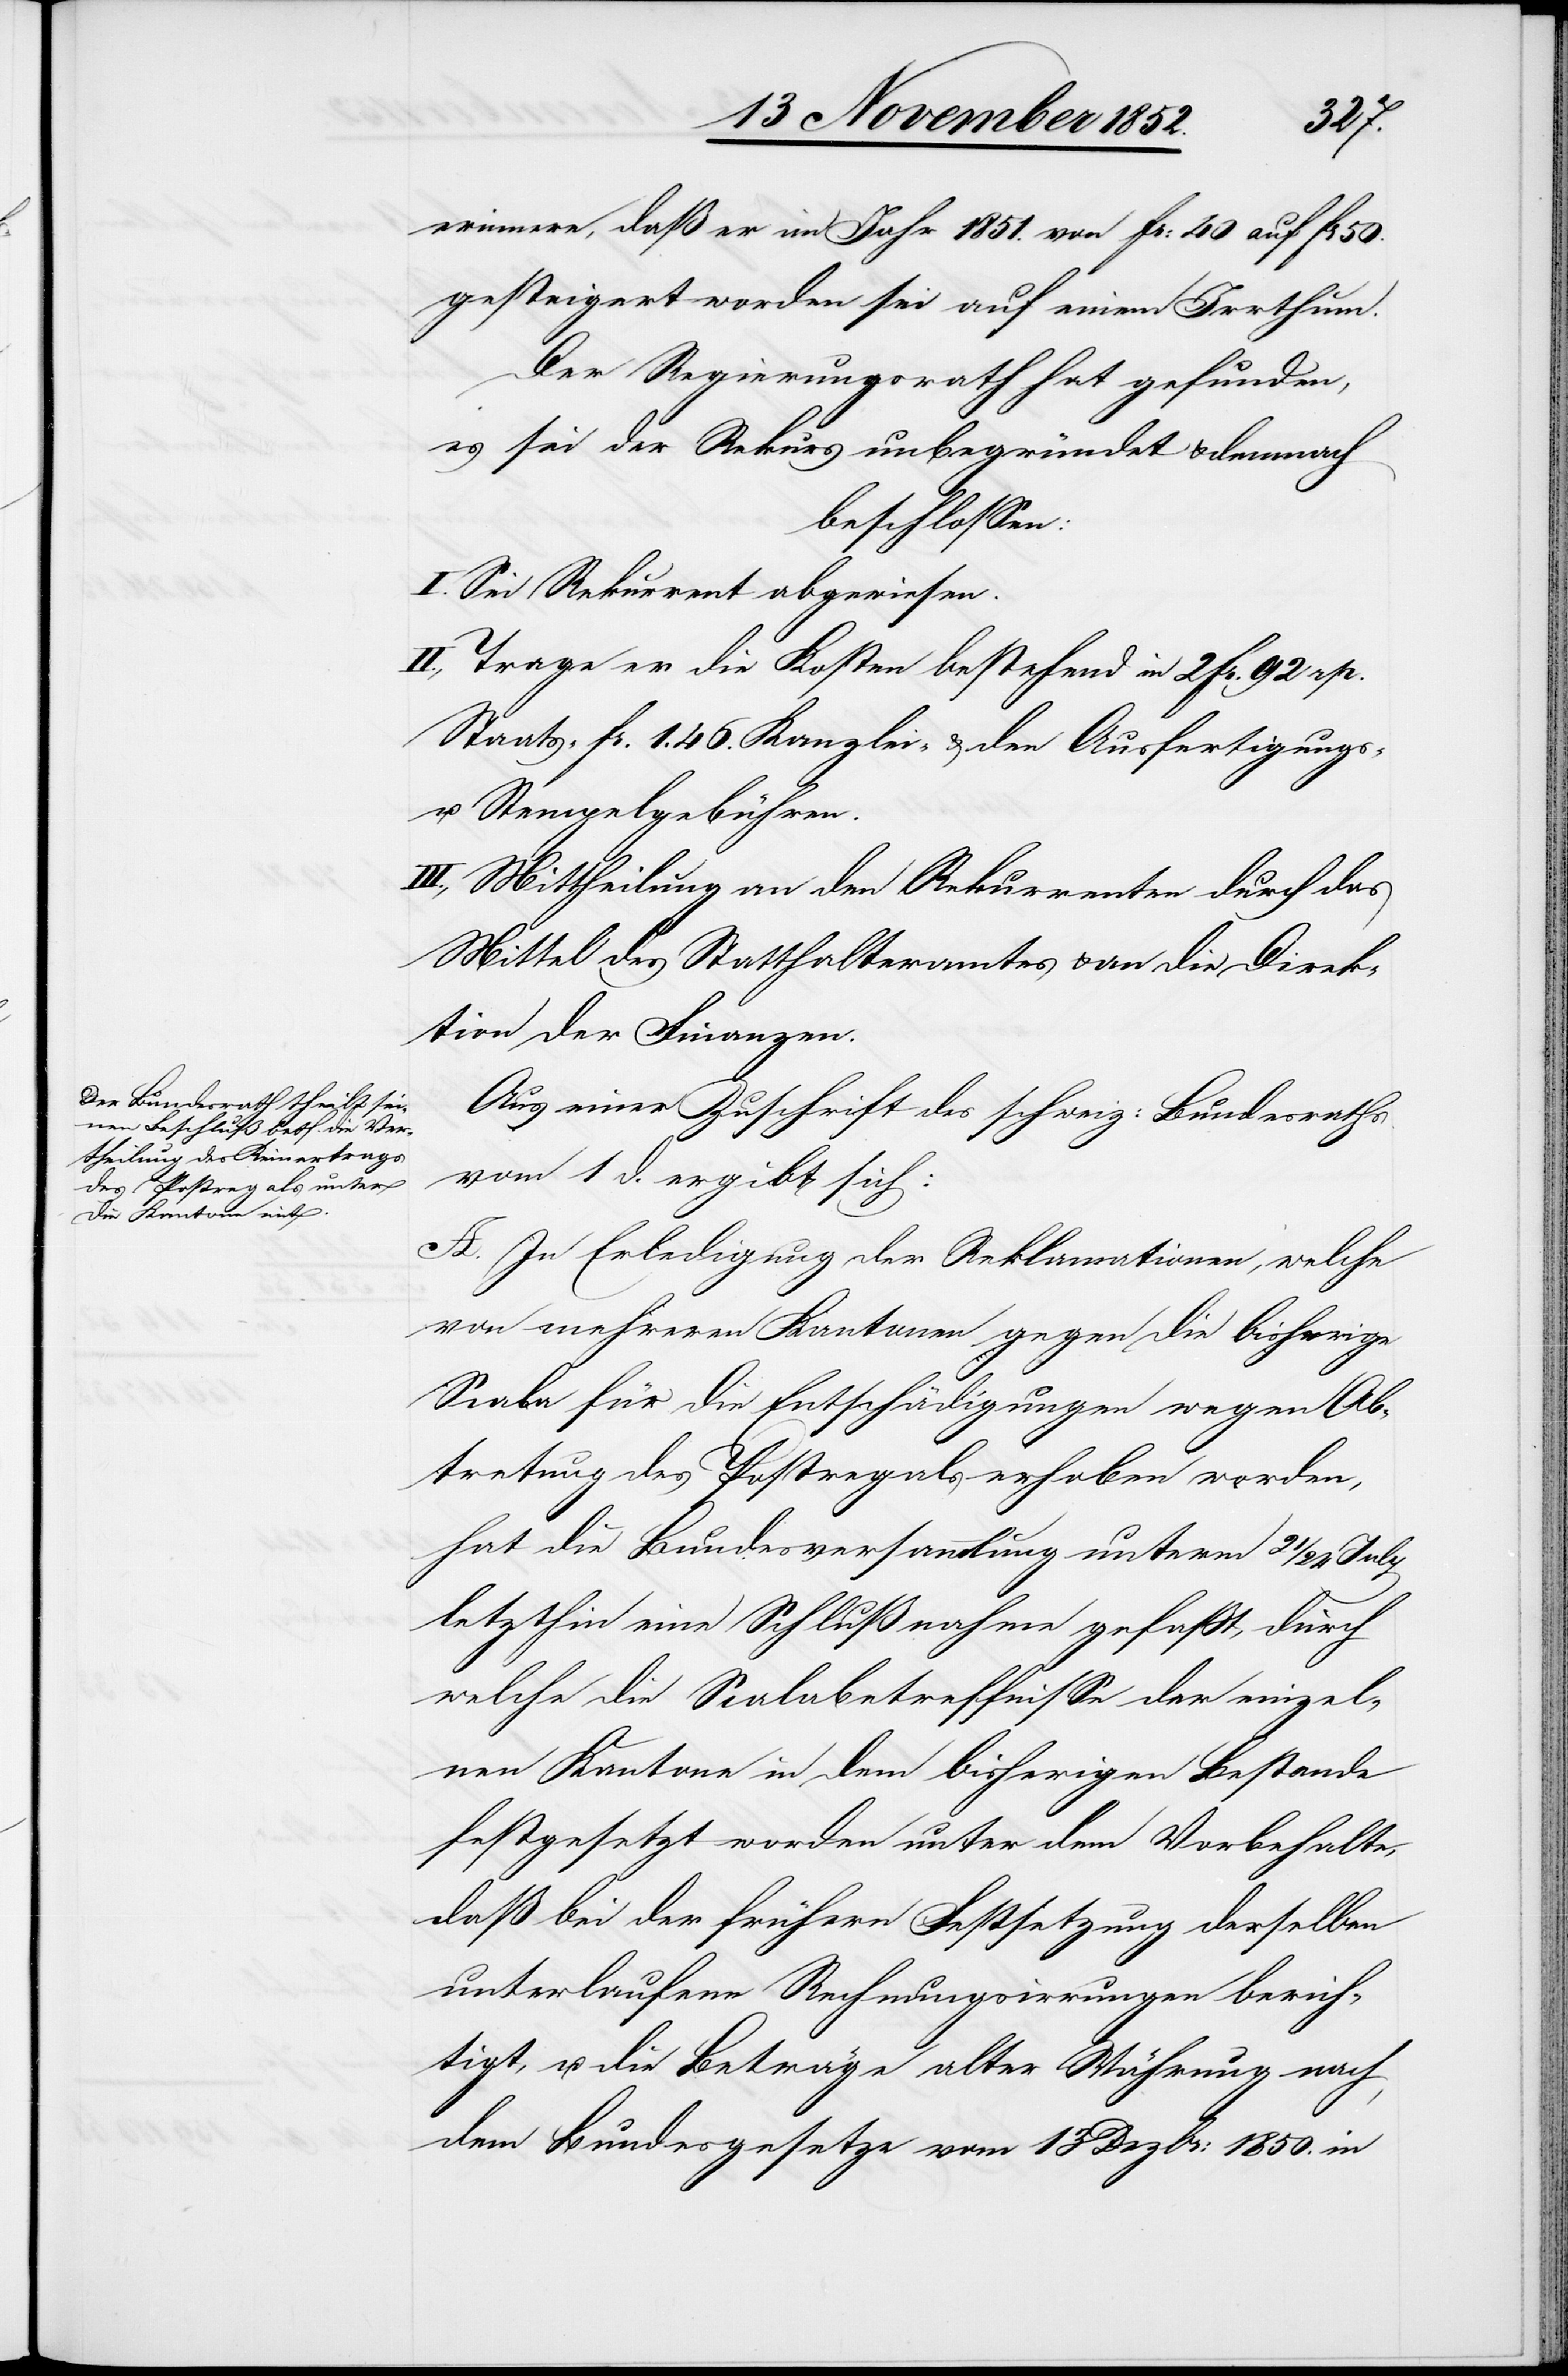
50.
erinnere, daß er im Jahr 1851. von Fr: 40 auf Fr
gesteigert worden sei auf einem Irrthum.
Der Regierungsrath hat gefunden,
es sei der Rekurs unbegründet & demnach
beschlossen:
I. Sei Rekurrent abgewiesen.
II., Trage er die Kosten bestehend in 2 Fr. 92 rp.
Staats-[,] Fr. 1. 46. Kanzlei- & den Ausfertigungs-
u. Stempelgebühren.
III., Mittheilung an den Rekurrenten durch das
Mittel des Statthalteramtes & an die Direk¬
tion der Finanzen.
Aus einer Zuschrift des schweiz: Bundesraths
vom 1 d. ergibt sich:
A. In Erledigung der Reklamationen, welche
von mehreren Kantonen gegen die bisherige
Scala für die Entschädigungen wegen Ab¬
tretung des Postregals erhoben worden,
hat die Bundesversammlung unterm 21 /
letzthin eine Schlußnahme gefaßt, durch
welche die Scalabetreffnisse der einzel¬
nen Kantone in dem bisherigen Bestande
festgesetzt worden unter dem Vorbehalte,
daß bei der frühern Festsetzung derselben
unterlaufene Rechnungsirrungen berich¬
tigt, u. die Beträge alter Währung nach
dem Bundesgesetze vom 13 Dezbr: 1850. in